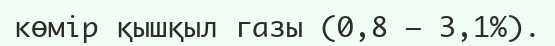
көмір қышқыл газы (0,8 – 3,1%).